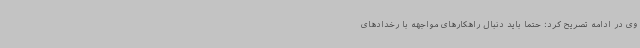
وی در ادامه تصریح کرد: حتما باید دنبال راهکارهای مواجهه با رخدادهای